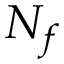
N _ { f }